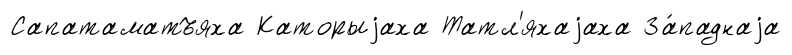
Сапатаматъяха Каторыjаха Татл'яхаjаха За́паднаjа